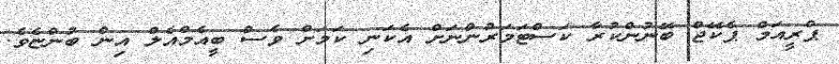
ޕްރީއަމް ޕެކޭޖް ބޭނުންކުރާ ކަސްޓަމަރުންނަށް އެކަނި ކަމަށް ވެސް ބީއެމްއެލް އިން ބުންޏެވެ.